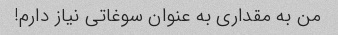
من به مقداری به عنوان سوغاتی نیاز دارم!